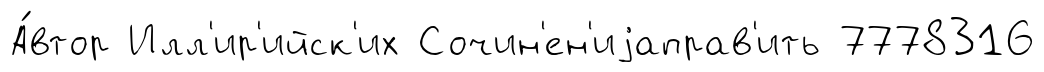
А́втор Илл'ир'ийск'их Сочин'ен'иjаправ'ить 7778316